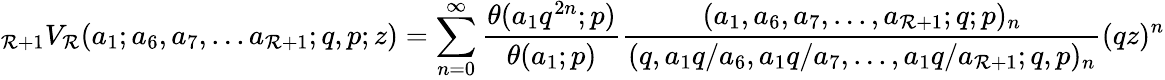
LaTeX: \displaystyle{}_{\mathcal{R}+1}V_{\mathcal{R}}(a_{1};a_{6},a_{7},...a_{\mathcal{R}+1};q,p;z)=\sum_{n=0}^{\infty}{\frac{{\theta(a_{1}q^{2n};p)}}{{\theta(a_{1};p)}}}{\frac{{(a_{1},a_{6},a_{7},...,a_{\mathcal{R}+1};q;p)_{n}}}{{(q,a_{1}q/a_{6},a_{1}q/a_{7},...,a_{1}q/a_{\mathcal{R}+1};q,p)_{n}}}}(qz)^{n}